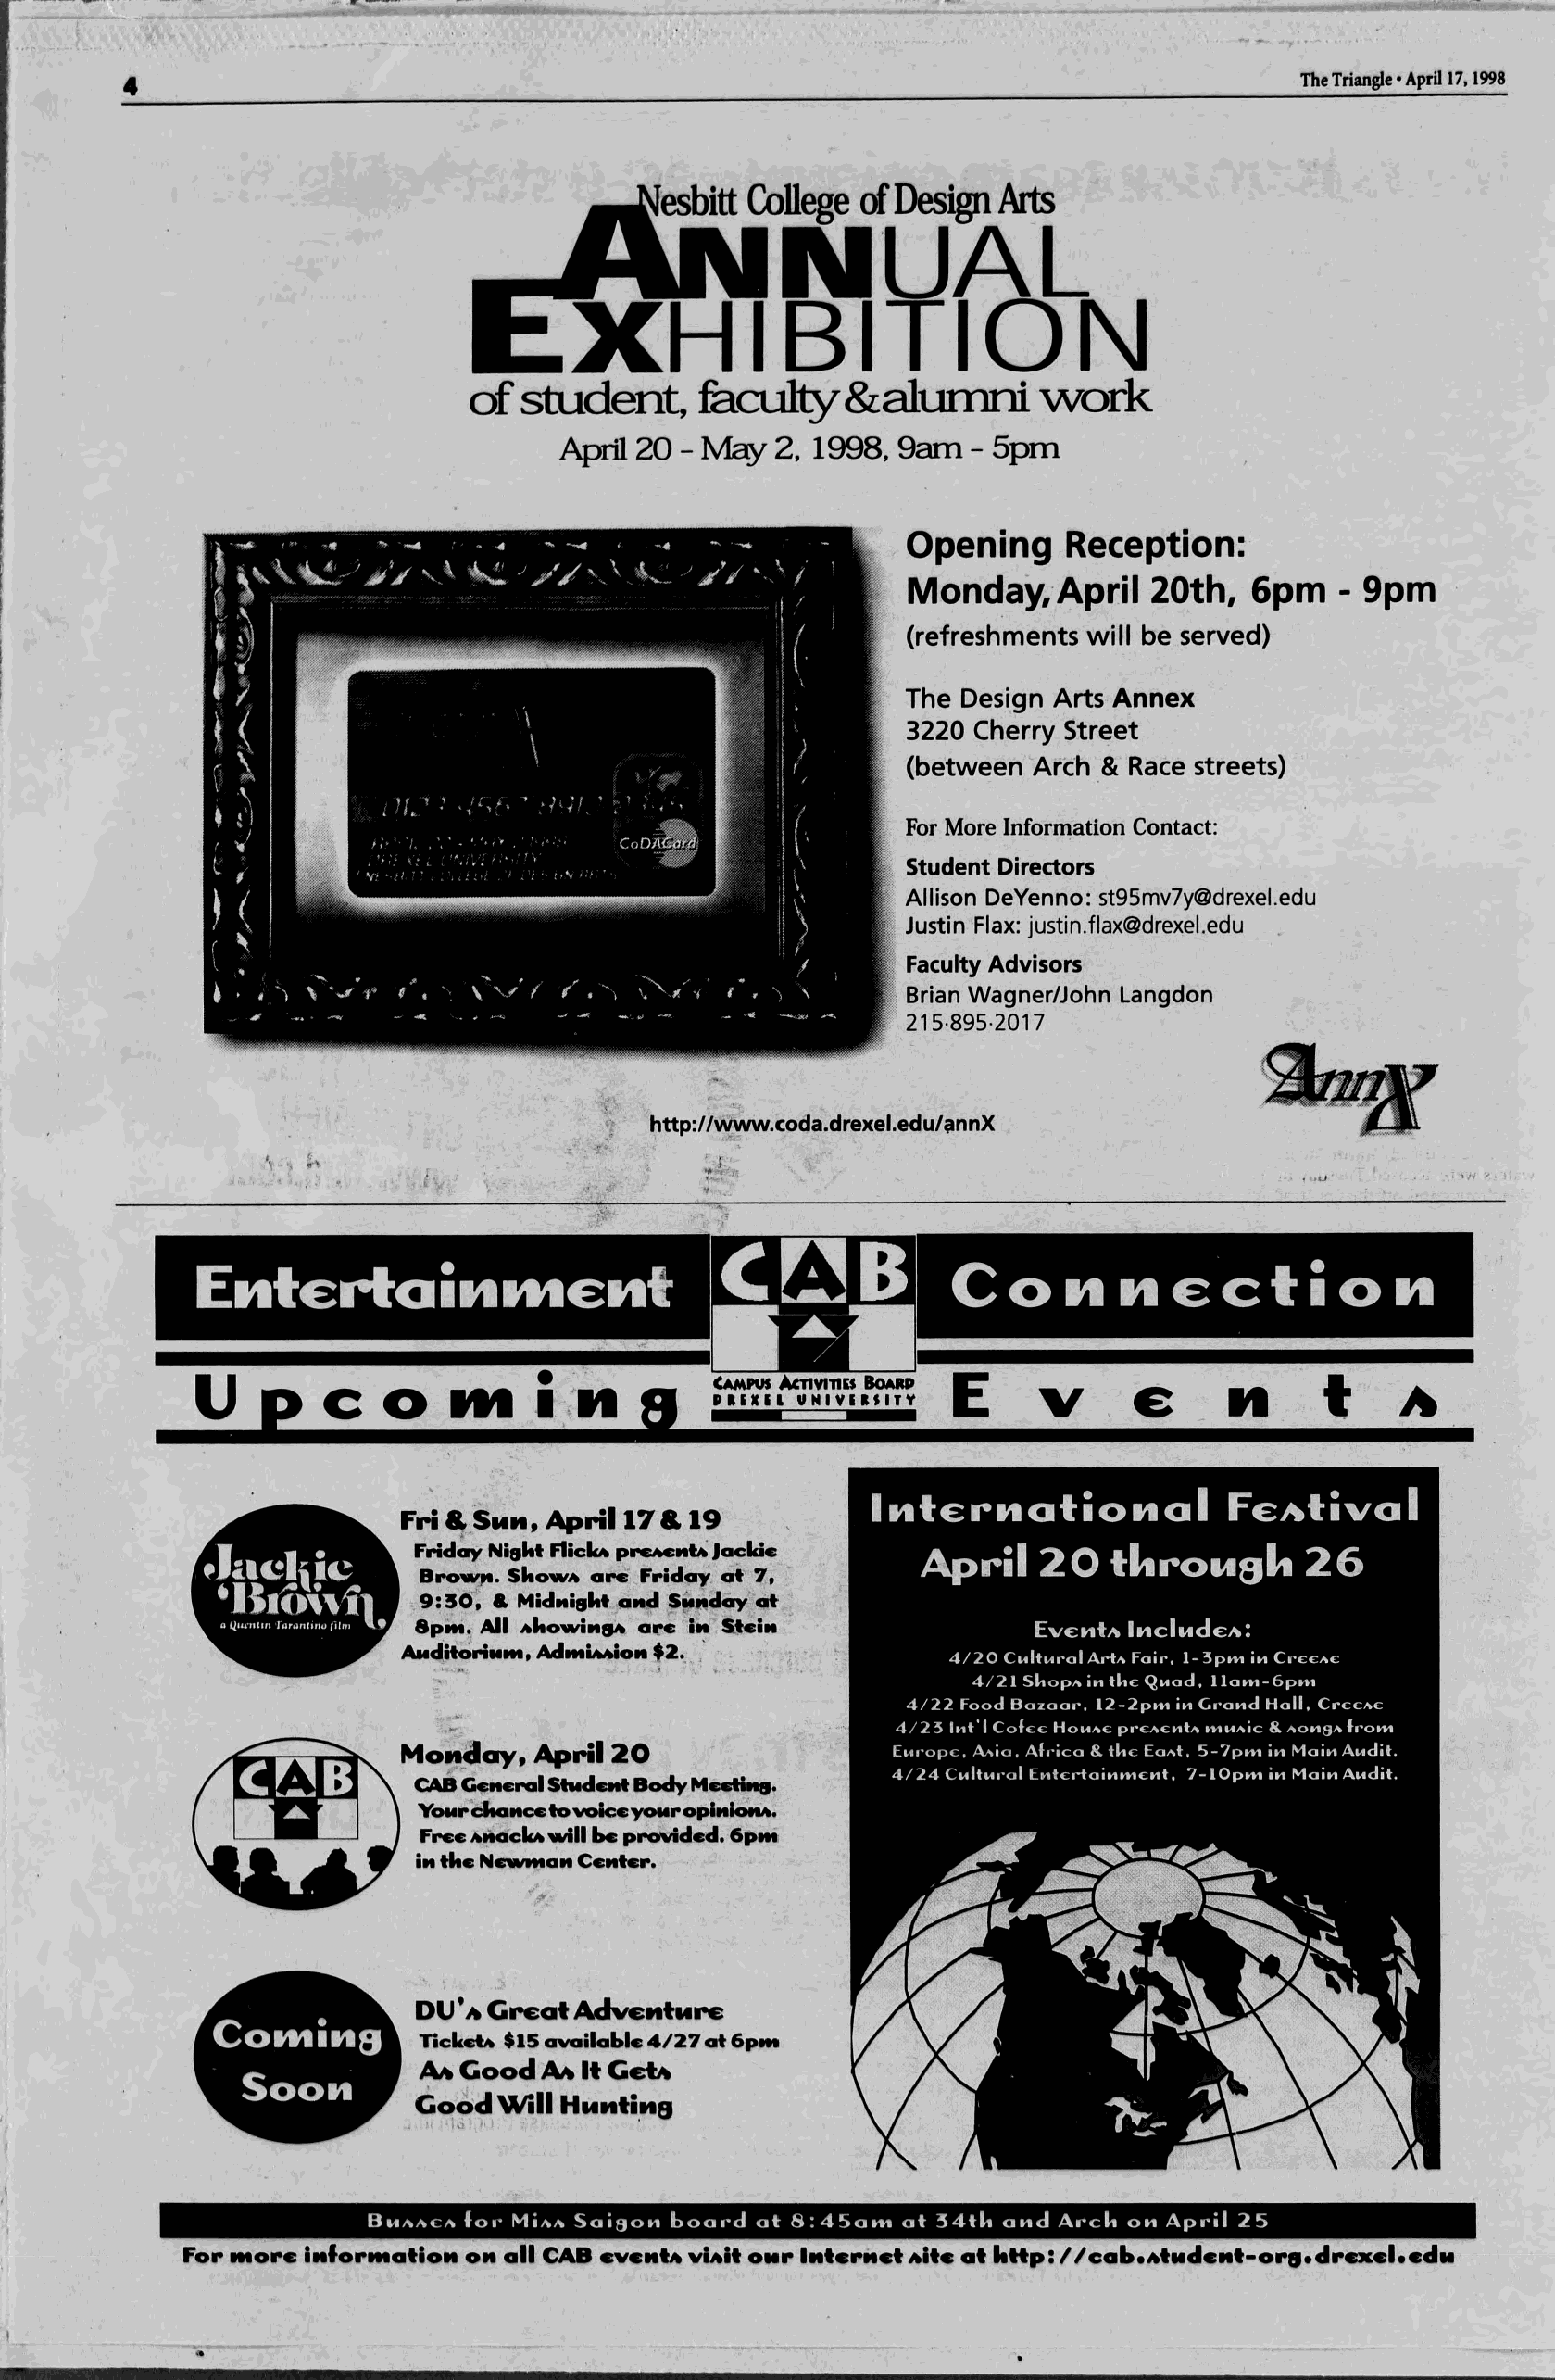
The Triangle • AprU 17,1998
 esbitt College of Design Arts
 U    A     L
 X     H    I  B    I  T    I  O     N
 of student      fe(xil1y  &alurnni      w  ork
 April 20 - May 2, 1998, 9am  - 5pm
 Opening    Reception:
 Monday,    April 20th,  6pm    - 9pm
 (refreshments will be served)
 The Design Arts Annex
 3220 Cherry Street
 (between Arch & Race streets)
 For More Information Contact:
 Student Directors
 Allison DeYenno: st95mv7y@drexel.edu
 Justin Flax: justin.flax@drexel.edu
 Faculty Advisors
 Brian Wagner/John Langdon
 215-895-2017
 http://www.c da.drexel.edu/ nnX
 0          9
 E   n  f c r ia   i   m   eM     t                    C   o  H   M     C   c  f i o  n
 h
 u        c   o    m     I  M         Campus Aoiviiies Boarp E V    e      n      I    A
 PREXIl VNIVIRSITV
 Iintcriiiatioiial         FcAtival
 Fri & Smh , ApHi 17& 19
 Friday Night Flicks prcACMt^ Jacidc April   20   fUroMgk       26
 Brow ^. SkowA arc Friday at 7,
 9 :3 0 , & MidlMiQitf and Siiitday at
 8pHi, All AkowiNQiA arc In StciN            E vcntA In clu d eA :
 AMditoriMMif AdtniAAioN $2.
 4 /2 0 CM ltnra! ArtA Fair, 1- 3pm m CreeAc
 4/21 ShopA in the Q iiad, lla m -6 p m
 4 /2 2 Food Bozaar, 12-2pm in C roud H all, CrccAe
 4 /2 5 lnt'1 Cofee H om ac preA ew tA m M A ic & aom qa from
 Moiiilayf April 20                 Europe, Aaio , A frica & the EoAt, 5-7pm im M ain Audit.
 4 /2 4 C ultiiral EM tcrtainm ent, 7-lO pm in M ain Audit.
 CAB CcMcrol StMdcMt Body Meeting.
 Yoitr ckaNcc to voicc yoMr opiNiOMA.
 Free AnacIcA will be provided. 6pm
 in tke NewMioN Center.
 DU*A G reat Adventure
 Coming
 Tickets $15 available 4 /2 7 at 6pm
 Soon         A^Goodi  Aa It Get^
 G oodw ill HMiitiHg
 B MAACA fo r M iaa SainoM b o ard at S :4 5 a m at 3 4 tk an on April 2 5
 all CAB cvcn Ia viAit o u r iN fcrN cf Altc o f kffp://cab«A fN d«N t-orgi*drcxcl*c< lM